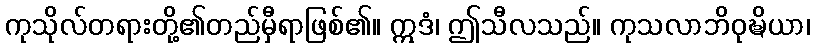
ကုသိုလ်တရားတို့၏တည်မှီရာဖြစ်၏။ ဣဒံ၊ ဤသီလသည်။ ကုသလာဘိဝုဍ္ဎိယာ၊